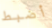
أضبط